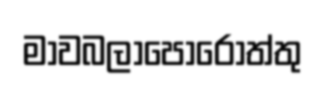
මාවබලාපොරොත්තු